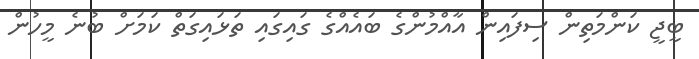
ބީޖީ ކަންމަތިން ސިފައިން އާއްމުންގެ ބައެއްގެ ގައިގައި ތަޅައިގަތް ކަމަށް ބުނެ މީހުން